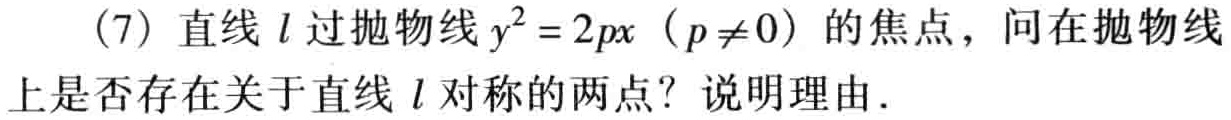
(7) 直线 \(l\) 过抛物线 \(y^{2}=2px\)（\(p\neq0\)）的焦点，问在抛物线上是否存在关于直线 \(l\) 对称的两点？说明理由．